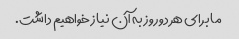
ما برای هر دو روز به آن نیاز خواهیم داشت.